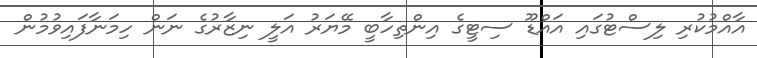
އާއްމުކުރި ލިސްޓުގައި އައްޑޫ ސިޓީގެ އިންތިހާބީ މޭޔަރު އަލީ ނިޒާރުގެ ނަން ހިމަނާފައިވުމުން